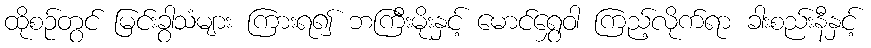
ထိုစဉ်တွင် မြင်းခွာသံများ ကြားရ၍ ဘကြီးမိုးနှင့် မောင်ရွှေဝါ ကြည့်လိုက်ရာ ခါးစည်းနီနှင့်